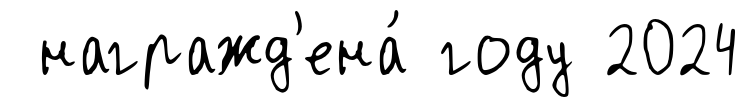
награжд'ена́ году 2024